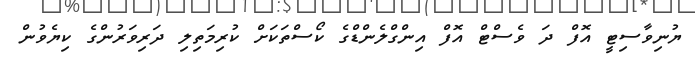
ޔުނިވާސިޓީ އޮފް ދަ ވެސްޓް އޮފް އިންގްލެންޑްގެ ކޯސްތަކަށް ކުރިމަތިލި ދަރިވަރުންގެ ކިޔެވުން